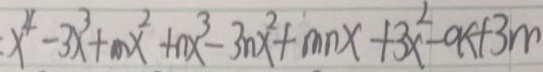
x ^ { 4 } - 3 x ^ { 3 } + m x ^ { 2 } + n x ^ { 3 } - 3 n x ^ { 2 } + m n x + 3 x ^ { 2 } - a x + 3 m